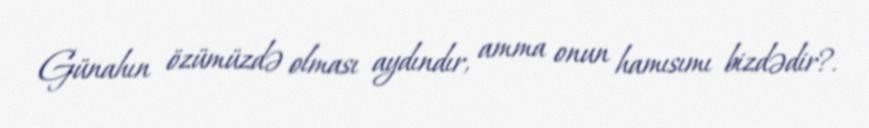
Günahın özümüzdə olması aydındır, amma onun hamısımı bizdədir?.